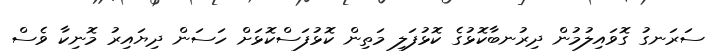
ސަރަނގު ގޮވައިލުމުން ދިރުނބާކޮޅުގެ ކޮޅުފަލި މަތިން ކޮޅުފަސްކޮޅަށް ހަސަން ދިޔައިރު މޮނިކާ ވެސް